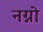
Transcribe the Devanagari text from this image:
नग्नो